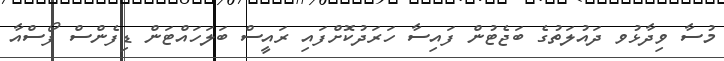
މުސާ ވިދާޅުވ ދައުލަތުގެ ބަޖެޓުން ފައިސާ ހަރަދުކޮށްފައި ރައީސް ބަލަހައްޓަން ޑިފެންސް ފޯސްއާ